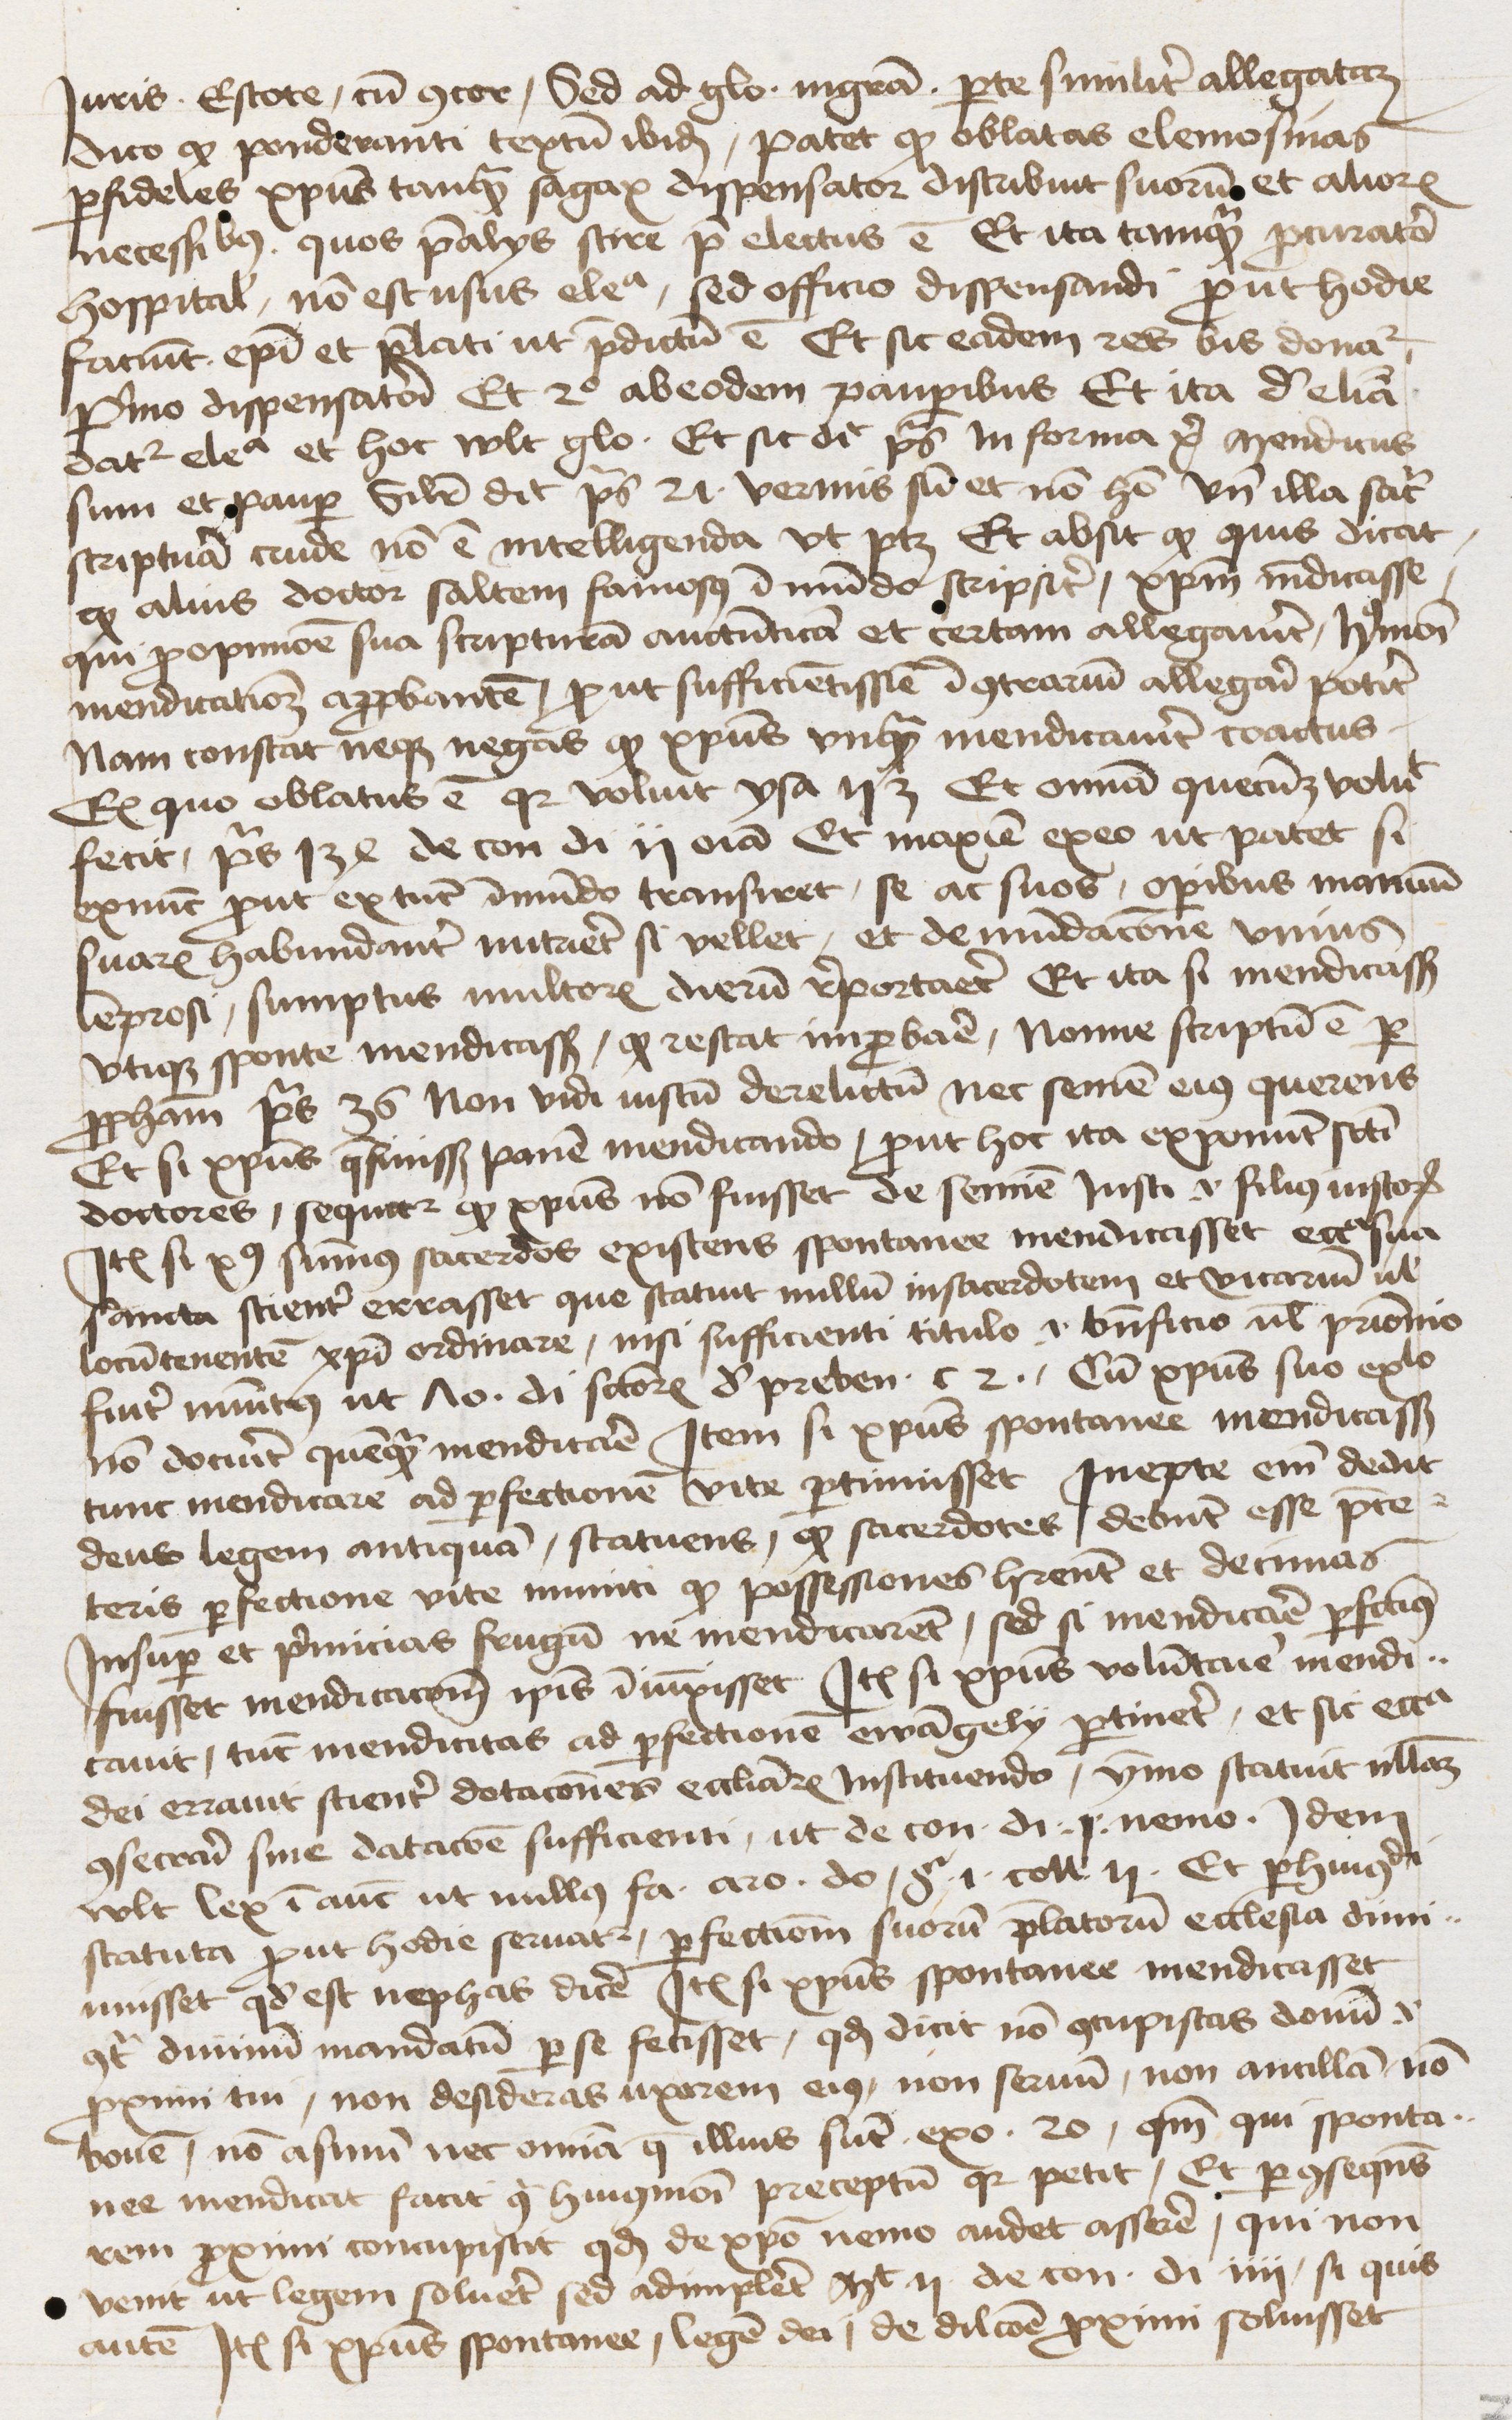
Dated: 1445–1474